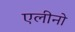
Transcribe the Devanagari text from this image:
एलीनो